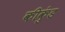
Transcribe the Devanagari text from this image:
कीकुंड